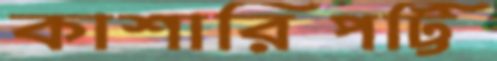
কাশারিপট্টি